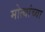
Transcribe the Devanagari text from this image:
मोत्यांच्या